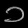
Digit: ၁